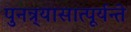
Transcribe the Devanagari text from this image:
पुनन्र्यासात्पूर्यन्ते